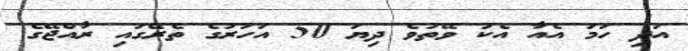
އަދި ހަމަ އެއާ އެކު ވޭތުވެ ދިޔަ 50 އަހަރުގެ ތެރޭގައި ރާއްޖޭގެ